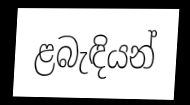
ළබැඳියන්